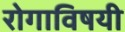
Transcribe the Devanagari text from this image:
रोगाविषयी